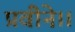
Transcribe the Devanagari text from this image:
प्रवीने।।